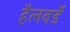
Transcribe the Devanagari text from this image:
हैलवर्डे